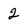
Character: 2